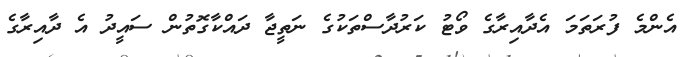
އެންމެ ފުރަތަމަ އެދާއިރާގެ ވޯޓު ކަރުދާސްތަކުގެ ނަތީޖާ ދައްކާގޮތުން ސައީދު އެ ދާއިރާގެ